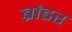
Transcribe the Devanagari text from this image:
ब्रांडर